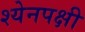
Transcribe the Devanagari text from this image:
श्येनपक्षी